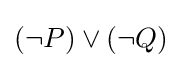
(\lnot P)\lor (\lnot Q)